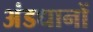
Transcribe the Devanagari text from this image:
अंडधानों